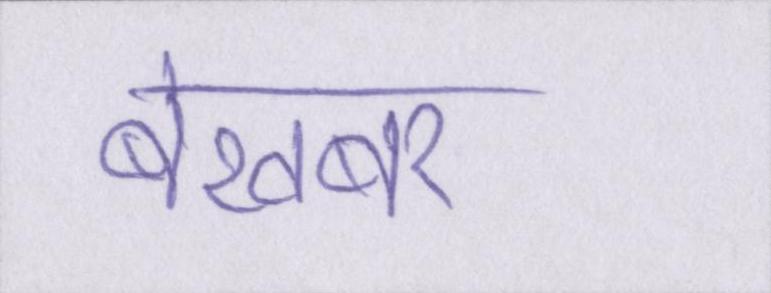
बेखबर